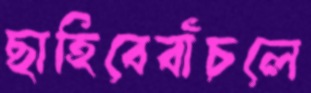
ছাহিবেবাঁচলে